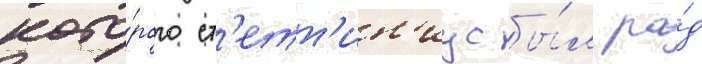
кото́рого ст'етт'ин'иус бы́л ра́д